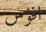
افؤس